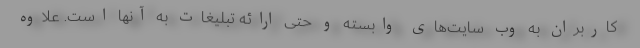
کاربران به وب سایت‌های وابسته و حتی ارائه تبلیغات به آنها است. علاوه